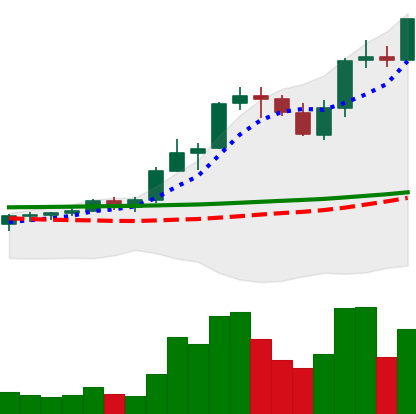
Ticker: ADA-USD
Chart end date: 2021-08-22
Forward return: 8.493%
Label: up_7plus